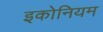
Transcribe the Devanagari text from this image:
इकोनियम